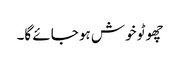
چھوٹو خوش ہو جائے گا۔